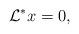
LaTeX: \begin{align*} \mathcal{L}^*x=0, \end{align*}